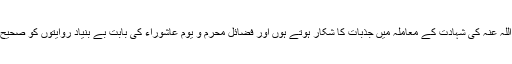
وہ حضرات حسین رضی اللہ عنہ کی شہادت کے معاملہ میں جذبات کا شکار ہوتے ہوں اور فضائلِ محرم و یومِ عاشوراء کی بابت بے بنیاد روایتوں کو صحیح اور حقیقت سمجھتے ہیں۔